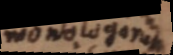
monologorum